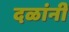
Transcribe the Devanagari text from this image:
दळांनी